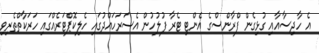
އެ ހާދިސާއާއި ގުޅިގެން ފްރާންސްގެ އެންޓި ޓެރާ ފުލުހުން އެސަރަހައްދުގައި ހެލިކޮޕްޓަރެއްގައި ހަރަކާތްތެރިވި